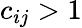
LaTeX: c_{ij}>1